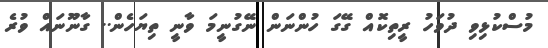
މުސްކުޅިވި ދުވަހު ރީތިކޮއް ގޭގަ ހުންނަން ނޭގުނީމަ ވާނީ ތިޔަހެން.. ގާނޫނައް ވުރެ